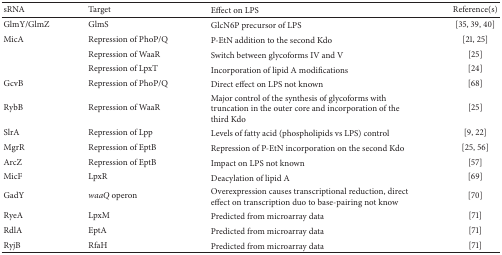
| sRNA | Target | Effect on LPS | Reference(s) |
 | --- | --- | --- | --- |
 | GlmY/GlmZ | GlmS | GlcN6P precursor of LPS | [35, 39, 40] |
 | MicA | Repression of PhoP/Q | P-EtN addition to the second Kdo | [21, 25] |
 |  | Repression of WaaR | Switch between glycoforms IV and V | [25] |
 |  | Repression of LpxT | Incorporation of lipid A modifications | [24] |
 | GcvB | Repression of PhoP/Q | Direct effect on LPS not known | [68] |
 | RybB | Repression of WaaR | Major control of the synthesis of glycoforms with truncation in the outer core and incorporation of the third Kdo | [25] |
 | SlrA | Repression of Lpp | Levels of fatty acid (phospholipids vs LPS) control | [9, 22] |
 | MgrR | Repression of EptB | Repression of P-EtN incorporation on the second Kdo | [25, 56] |
 | ArcZ | Repression of EptB | Impact on LPS not known | [57] |
 | MicF | LpxR | Deacylation of lipid A | [69] |
 | GadY | waaQ operon | Overexpression causes transcriptional reduction, direct effect on transcription duo to base-pairing not know | [70] |
 | RyeA | LpxM | Predicted from microarray data | [71] |
 | RdlA | EptA | Predicted from microarray data | [71] |
 | RyjB | RfaH | Predicted from microarray data | [71] |